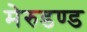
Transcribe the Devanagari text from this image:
मेरुडण्ड